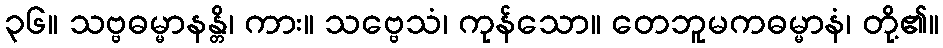
၃၆။ သဗ္ဗဓမ္မာနန္တိ၊ ကား။ သဗ္ဗေသံ၊ ကုန်သော။ တေဘူမကဓမ္မာနံ၊ တို့၏။